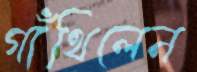
গাঁথিলেন